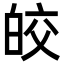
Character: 皎